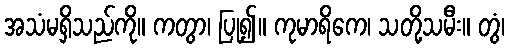
အသံမရှိသည်ကို။ ကတွာ၊ ပြု၍။ ကုမာရိကေ၊ သတို့သမီး။ တွံ၊